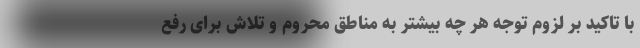
با تاکید بر لزوم توجه هر چه بیشتر به مناطق محروم و تلاش برای رفع